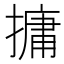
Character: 𪮧